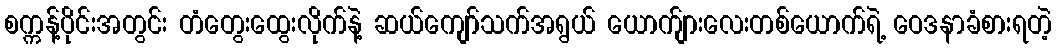
စက္ကန့်ပိုင်းအတွင်း တံတွေးထွေးလိုက်နဲ့ ဆယ်ကျော်သက်အရွယ် ယောက်ျားလေးတစ်ယောက်ရဲ့ ဝေဒနာခံစားရတဲ့